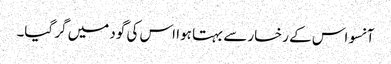
آنسو اس کے رخسار سے بہتا ہوا اس کی گود میں گر گیا۔